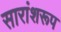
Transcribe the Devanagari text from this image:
सारांशरूप